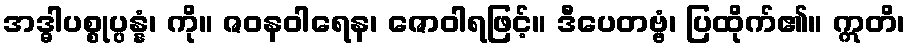
အဒ္ဓါပစ္စုပ္ပန္နံ၊ ကို။ ဇဝနဝါရေန၊ ဇောဝါရဖြင့်။ ဒီပေတဗ္ဗံ၊ ပြထိုက်၏။ ဣတိ၊